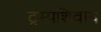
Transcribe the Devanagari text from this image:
ट्रम्पशिवाय